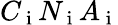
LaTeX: C_{\mathrm{~i~}}N_{\mathrm{~i~}}A_{\mathrm{~i~}}